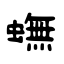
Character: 蟱